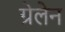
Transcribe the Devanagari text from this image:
ग्रेलेन